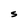
Character: S